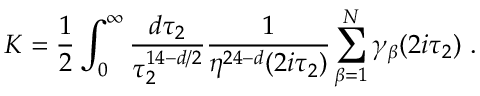
{ \cal K } = { \frac { 1 } { 2 } } \int _ { 0 } ^ { \infty } { \frac { d \tau _ { 2 } } { \tau _ { 2 } ^ { 1 4 - d / 2 } } } { \frac { 1 } { \eta ^ { 2 4 - d } ( 2 i \tau _ { 2 } ) } } \sum _ { \beta = 1 } ^ { \cal N } \gamma _ { \beta } ( 2 i \tau _ { 2 } ) \ .